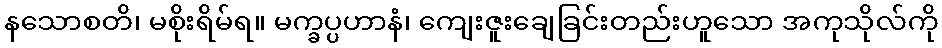
နသောစတိ၊ မစိုးရိမ်ရ။ မက္ခပ္ပဟာနံ၊ ကျေးဇူးချေခြင်းတည်းဟူသော အကုသိုလ်ကို